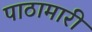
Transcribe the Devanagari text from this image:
पाठामारी